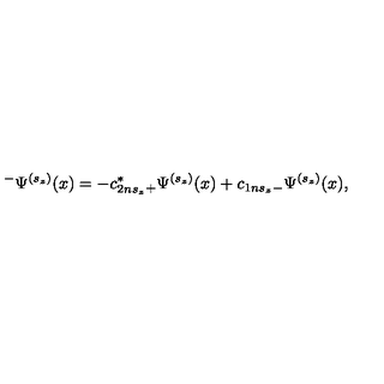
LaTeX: ^ { - } \Psi ^ { ( s _ { z } ) } ( x ) = - c _ { 2 n s _ { z } } ^ { * } { } _ { + } \Psi ^ { ( s _ { z } ) } ( x ) + c _ { 1 n s _ { z } } { } _ { - } \Psi ^ { ( s _ { z } ) } ( x ) ,